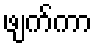
ဖျက်ကာ